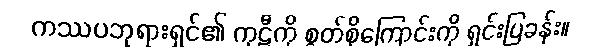
ကဿပဘုရားရှင်၏ ကုဋီကို စွတ်စိုကြောင်းကို ရှင်းပြခန်း။